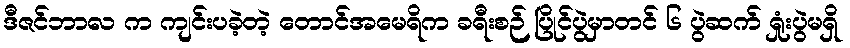
ဒီဇင်ဘာလ က ကျင်းပခဲ့တဲ့ တောင်အမေရိက ခရီးစဉ် ပြိုင်ပွဲမှာတင် ၆ ပွဲဆက် ရှုံးပွဲမရှိ